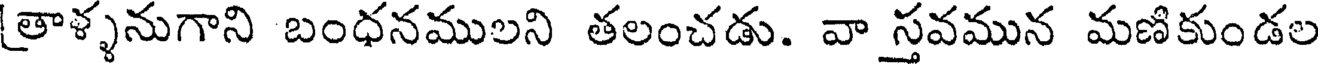
తాళ్ళనుగాని బంధనములని తలంచడు. వా స్తవమున మణికుండల